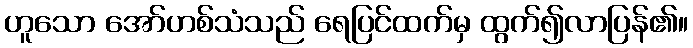
ဟူသော အော်ဟစ်သံသည် ရေပြင်ထက်မှ ထွက်၍လာပြန်၏။